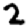
Digit: 2